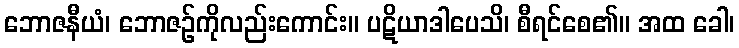
ဘောဇနီယံ၊ ဘောဇဉ်ကိုလည်းကောင်း။ ပဋိယာဒါပေသိ၊ စီရင်စေ၏။ အထ ခေါ၊